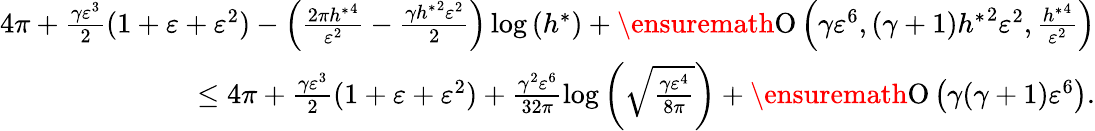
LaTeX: \begin{array}{r}{4\pi+\frac{\gamma\varepsilon^{3}}{2}(1+\varepsilon+\varepsilon^{2})-\left(\frac{2\pi{h^{\ast}}^{4}}{\varepsilon^{2}}-\frac{\gamma{h^{\ast}}^{2}\varepsilon^{2}}{2}\right)\log{(h^{\ast})}+\ensuremath{\operatorname{O}\left(\gamma\varepsilon^{6},(\gamma+1){h^{\ast}}^{2}\varepsilon^{2},\frac{{h^{\ast}}^{4}}{\varepsilon^{2}}\right)}}\\ {\leq 4\pi+\frac{\gamma\varepsilon^{3}}{2}(1+\varepsilon+\varepsilon^{2})+\frac{\gamma^{2}\varepsilon^{6}}{32\pi}\log{\left(\sqrt[]{\frac{\gamma\varepsilon^{4}}{8\pi}}\right)}+\ensuremath{\operatorname{O}\left(\gamma(\gamma+1)\varepsilon^{6}\right)}.}\end{array}